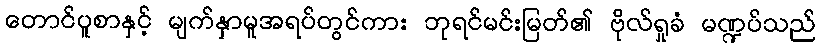
တောင်ပူစာနှင့် မျက်နှာမူအရပ်တွင်ကား ဘုရင်မင်းမြတ်၏ ဗိုလ်ရှုခံ မဏ္ဍပ်သည်